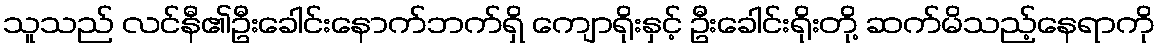
သူသည် လင်နီ၏ဦးခေါင်းနောက်ဘက်ရှိ ကျောရိုးနှင့် ဦးခေါင်းရိုးတို့ ဆက်မိသည့်နေရာကို